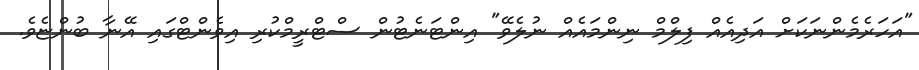
"އަހަރެމެންނަކަށް އަދިއެއް ފިލްމް ނިންމައެއް ނުލެވޭ" އިންޓަނެޓުން ސްޓްރީމްކުރި އިވެންޓްގައި އޭނާ ބުންޏެވެ.